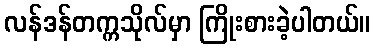
လန်ဒန်တက္ကသိုလ်မှာ ကြိုးစားခဲ့ပါတယ်။